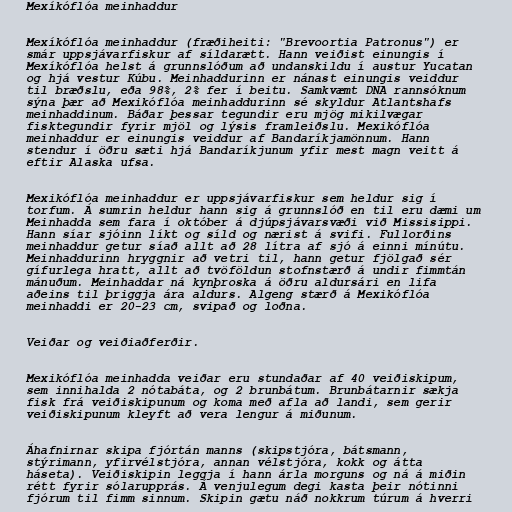
Mexíkóflóa meinhaddur

Mexíkóflóa meinhaddur (fræðiheiti: "Brevoortia Patronus") er
smár uppsjávarfiskur af síldarætt. Hann veiðist einungis í
Mexíkóflóa helst á grunnslóðum að undanskildu í austur Yucatan
og hjá vestur Kúbu. Meinhaddurinn er nánast einungis veiddur
til bræðslu, eða 98%, 2% fer í beitu. Samkvæmt DNA rannsóknum
sýna þær að Mexikóflóa meinhaddurinn sé skyldur Atlantshafs
meinhaddinum. Báðar þessar tegundir eru mjög mikilvægar
fisktegundir fyrir mjöl og lýsis framleiðslu. Mexikóflóa
meinhaddur er einungis veiddur af Bandaríkjamönnum. Hann
stendur í öðru sæti hjá Bandaríkjunum yfir mest magn veitt á
eftir Alaska ufsa.

Mexikóflóa meinhaddur er uppsjávarfiskur sem heldur sig í
torfum. Á sumrin heldur hann sig á grunnslóð en til eru dæmi um
Meinhadda sem fara í október á djúpsjávarsvæði við Missisippi.
Hann síar sjóinn líkt og síld og nærist á svifi. Fullorðins
meinhaddur getur síað allt að 28 lítra af sjó á einni mínútu.
Meinhaddurinn hryggnir að vetri til, hann getur fjölgað sér
gífurlega hratt, allt að tvöföldun stofnstærð á undir fimmtán
mánuðum. Meinhaddar ná kynþroska á öðru aldursári en lifa
aðeins til þriggja ára aldurs. Algeng stærð á Mexikóflóa
meinhaddi er 20-23 cm, svipað og loðna.

Veiðar og veiðiaðferðir.

Mexikóflóa meinhadda veiðar eru stundaðar af 40 veiðiskipum,
sem innihalda 2 nótabáta, og 2 brunbátum. Brunbátarnir sækja
fisk frá veiðiskipunum og koma með afla að landi, sem gerir
veiðiskipunum kleyft að vera lengur á miðunum.

Áhafnirnar skipa fjórtán manns (skipstjóra, bátsmann,
stýrimann, yfirvélstjóra, annan vélstjóra, kokk og átta
háseta). Veiðiskipin leggja í hann árla morguns og ná á miðin
rétt fyrir sólarupprás. Á venjulegum degi kasta þeir nótinni
fjórum til fimm sinnum. Skipin gætu náð nokkrum túrum á hverri